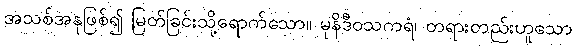
အသစ်အနုဖြစ်၍ မြတ်ခြင်းသို့ရောက်သော။ မုနိဒီဝသကရံ၊ တရားတည်းဟူသော